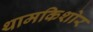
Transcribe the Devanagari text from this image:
थामकिशोर